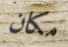
مكان